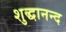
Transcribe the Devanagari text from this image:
शुद्धानन्द